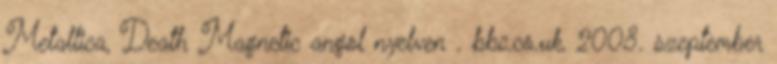
Metallica, Death Magnetic angol nyelven . bbc.co.uk, 2008. szeptember